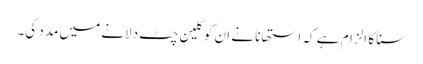
سنا کا الزام ہے کہ استھانا نے ان کو کلین چٹ دلانے میں مدد کی۔